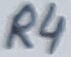
Text: R4